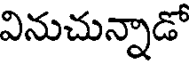
వినుచున్నాడో